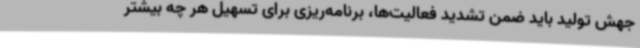
جهش تولید باید ضمن تشدید فعالیت‌ها، برنامه‌ریزی برای تسهیل هر چه بیشتر